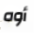
أوه